Hæmogregarina gerbilli - Number 18
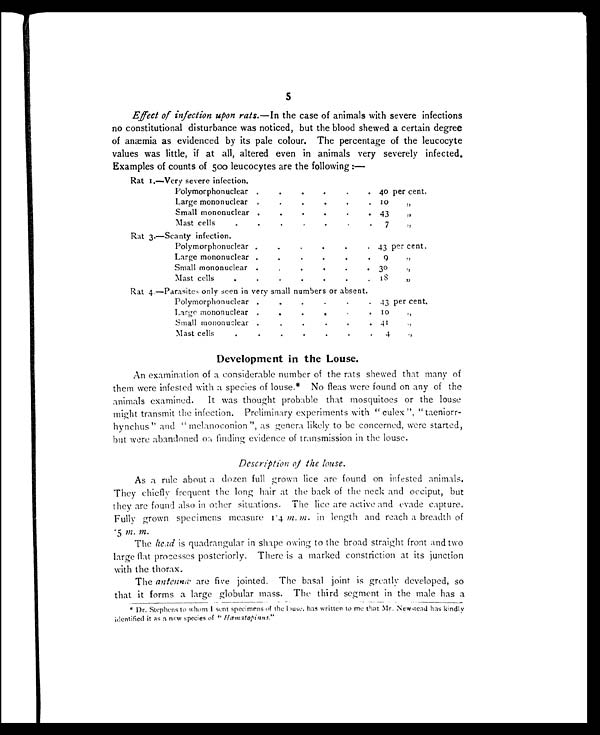
5
Effect of infection upon rats. —In the case of animals with severe infections
no constitutional disturbance was noticed, but the blood shewed a certain degree
of anæmia as evidenced by its pale colour. The percentage of the leucocyte
values was little, if at all, altered even in animals very severely infected.
Examples of counts of 500 leucocytes are the following :—
Rat 1.—Very severe infection.
Polymorphonuclear .
.
. .
. . 40 per cent.
Large mononuclear .
.
.
. .
. 10 "
Small mononuclear .
. .
. .
. 43 " , ,
Mast cells
.
. .
. .
. 7 "
Rat 3.—Scanty infection.
Polymorphonuclear .
.
.
.
. . 43 per cent.
Large mononuclear .
.
.
.
. . 9 "
Small mononuclear
.
.
.
. 30 ",,
Mast cells
.
.
.
.
. . . . 18 ",,
Rat 4.—Parasites only seen in very small numbers or absent.
Polymorphonuclear .
.
.
.
. . 43 per cent.
Large mononuclear .
.
. .
. . 10 "
Small mononuclear .
. .
.
.
.
. . 41
"
Mast cells.
.
.
.
.
.
. 4 "
Development in the Louse.
An examination of a considerable number of the rats shewed that many of
them were infested with a species of louse.* No fleas were found on any of the
animals examined. It was thought probable that mosquitoes or the louse
might transmit the infection. Preliminary experiments with "culex", "taeniorr-
hynchus" and "mel anoconi on", as genera l i kel y t o be concerned, were st art ed,
but were abandoned on finding evidence of transmission in the louse.
D e s c r i p t i o n o f t h e l o u s e .
As a rule about a dozen full grown lice are found on infested animals.
They chiefly frequent the long hair at the back of the neck and occiput, but
they are found also in other situations. The lice are active and evade capture.
Fully grown specimens measure 1.4 m. m. in length and reach a breadth of
.5 m. m.
The head is quadrangular in shape owing to the broad straight front and two
large flat processes posteriorly. There is a marked constriction at its junction
with the thorax.
The antenna are five jointed. The basal joint is greatly developed, so
that it forms a large globular mass. The third segment in the male has a
* Dr. Stephens to whom I sent specimens of the louse, has written to me that Mr. Newstead has kindly
identified it as a new species of " Hæmatopinus. "